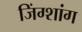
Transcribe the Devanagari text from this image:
जिंग्शांग